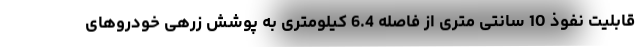
قابلیت نفوذ 10 سانتی متری از فاصله 6.4 کیلومتری به پوشش زرهی خودروهای